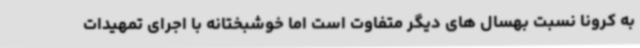
به کرونا نسبت بهسال های دیگر متفاوت است اما خوشبختانه با اجرای تمهیدات